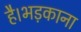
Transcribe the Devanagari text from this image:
है।भड़काना